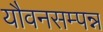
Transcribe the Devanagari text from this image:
यौवनसम्पन्न